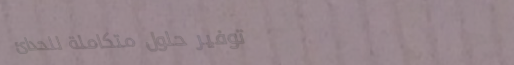
توفير حلول متكاملة للحدائ